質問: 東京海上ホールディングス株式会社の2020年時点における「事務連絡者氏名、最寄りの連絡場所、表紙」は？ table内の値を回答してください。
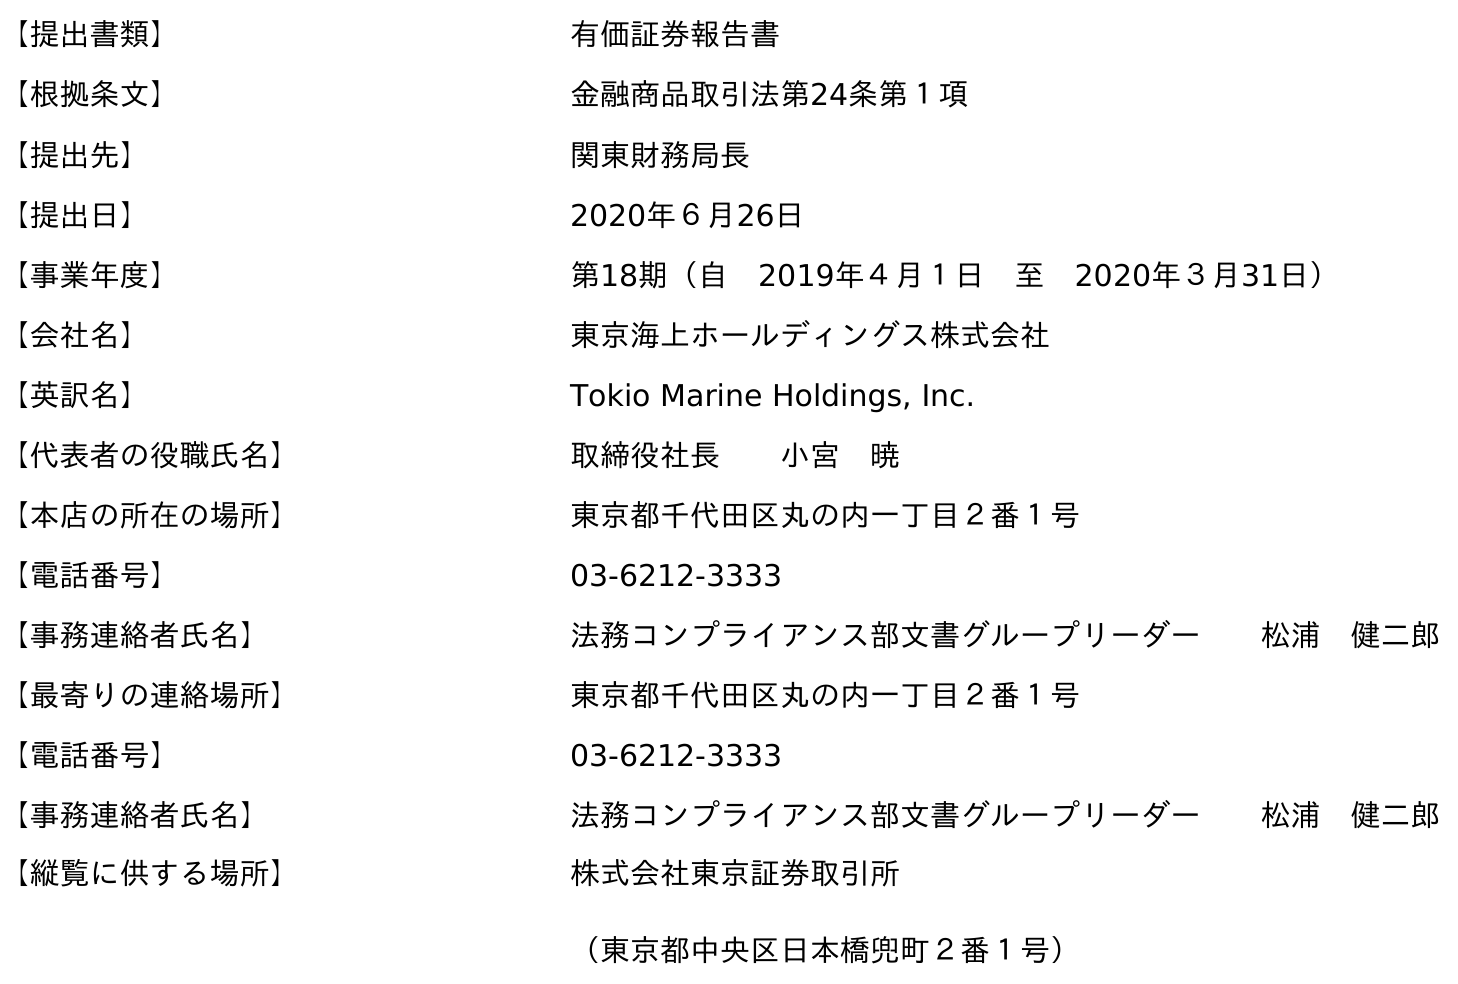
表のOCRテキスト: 【提出書類】 有価証券報告書 【根拠条文】 金融商品取引法第24条第１項 【提出先】 関東財務局長 【提出日】 2020年６月26日 【事業年度】 第18期（自 2019年４月１日 至 2020年３月31日） 【会社名】 東京海上ホールディングス株式会社 【英訳名】 Tokio Marine Holdings, Inc. 【代表者の役職氏名】 取締役社長  小宮 暁 【本店の所在の場所】 東京都千代田区丸の内一丁目２番１号 【電話番号】 03-6212-3333 【事務連絡者氏名】 法務コンプライアンス部文書グループリーダー  松浦 健二郎 【最寄りの連絡場所】 東京都千代田区丸の内一丁目２番１号 【電話番号】 03-6212-3333 【事務連絡者氏名】 法務コンプライアンス部文書グループリーダー  松浦 健二郎 【縦覧に供する場所】 株式会社東京証券取引所 （東京都中央区日本橋兜町２番１号）
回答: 法務コンプライアンス部文書グループリーダー松浦　健二郎